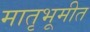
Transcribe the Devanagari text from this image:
मातृभूमीत